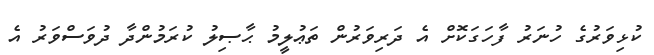
ކުޅިވަރުގެ ހުނަރު ފާހަގަކޮށް އެ ދަރިވަރުން ތަޢުލީމު ޙާޞިލު ކުރަމުންދާ ދުވަސްވަރު އެ